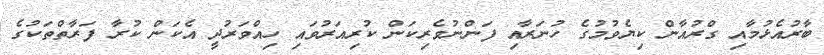
ބާރުއެޅުމާއި ގްރުއާން ކިޔެވުމުގެ ހުނަރާއި ފަންނުވެރިކަން ކުރިއަރުވައި ހިއްވަރުދީ އެކަން ކުރާ ފަރާތްތަކުގެ